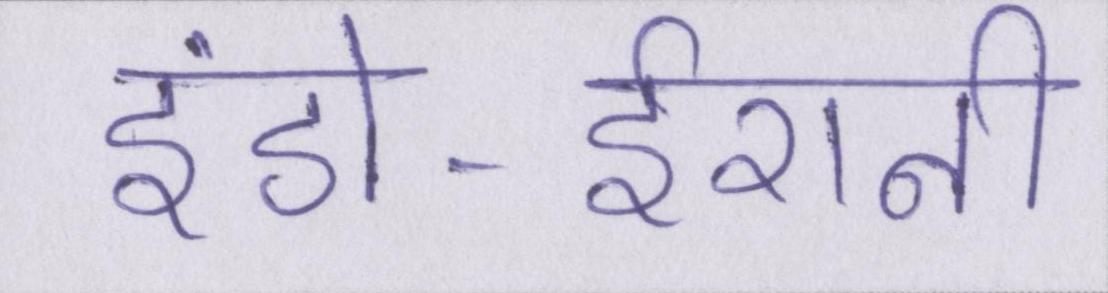
इंडो-ईरानी